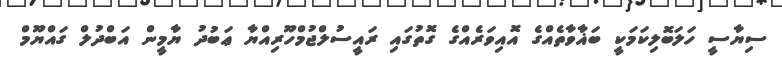
ސިޔާސީ ހަލަބޮލިކަމަކީ ބަޣާވާތެއްގެ އޮއިވަރެއްގެ ގޮތުގައި ރައީސުލްޖުމްހޫރިއްޔާ ޢަބުދު ޔާމީން އަބްދުލް ގައްޔޫމް